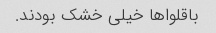
باقلواها خیلی خشک بودند.